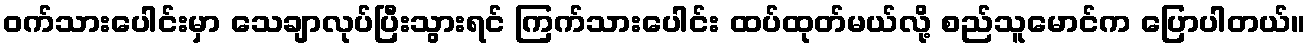
ဝက်သားပေါင်းမှာ သေချာလုပ်ပြီးသွားရင် ကြက်သားပေါင်း ထပ်ထုတ်မယ်လို့ စည်သူမောင်က ပြောပါတယ်။